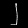
Digit: ၂